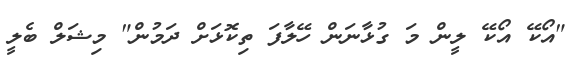
"އޯކޭ އޯކޭ ލީން މަ ގުޅާނަން ހޭލާފަ ތިކޮޅަށް ދަމުން" މިޝަލް ބެލީ